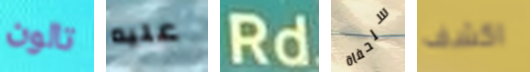
تالون عليه Rd سلحفاة اكشف